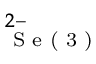
_ \textrm { S e ( 3 ) } ^ { 2 - }